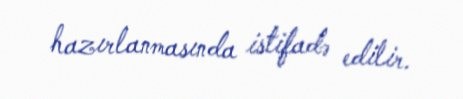
hazırlanmasında istifadə edilir.